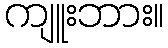
ကျူးဘား။